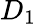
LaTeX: D_{1}